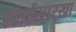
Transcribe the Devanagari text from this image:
रजईसारखा